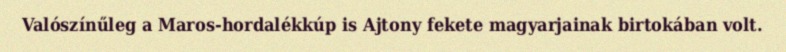
Valószínűleg a Maros-hordalékkúp is Ajtony fekete magyarjainak birtokában volt.